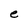
Character: e